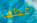
عطف